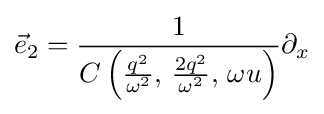
{\vec {e}}_{2}={\frac {1}{C\left({\frac {q^{2}}{\omega ^{2}}},\,{\frac {2q^{2}}{\omega ^{2}}},\,\omega u\right)}}\partial _{x}